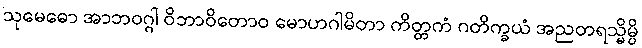
သုမေဓော အာဘဝဂ္ဂါ ဝိဘာဝိတောဝ မောဟဂါမိတာ ကိတ္တကံ ဂတိက္ခယံ အညတရသ္မိမ္ပိ